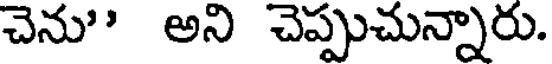
చెను" అని చెప్పుచున్నారు.